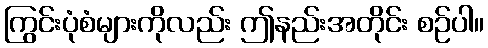
ကြွင်းပုံစံများကိုလည်း ဤနည်းအတိုင်း စဉ်ပါ။